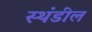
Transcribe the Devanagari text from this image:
स्थंडील